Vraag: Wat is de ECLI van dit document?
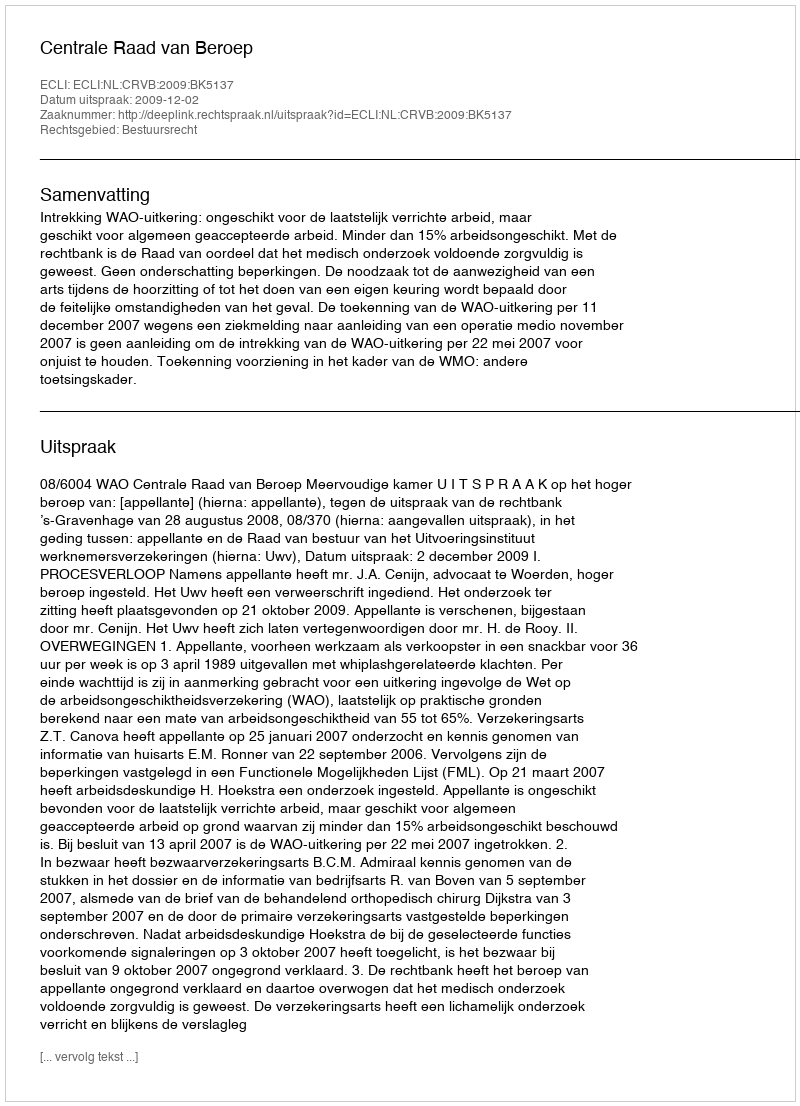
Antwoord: ECLI:NL:CRVB:2009:BK5137